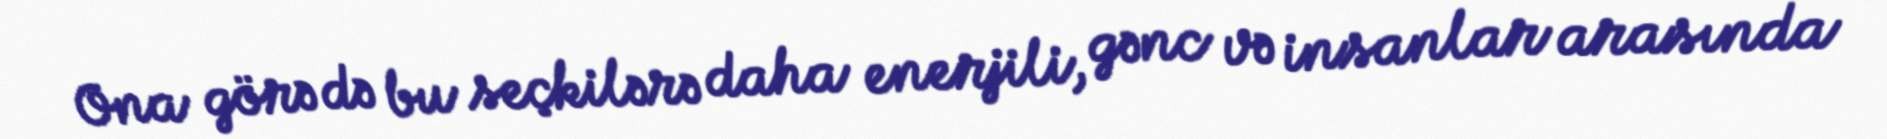
Ona görə də bu seçkilərə daha enerjili, gənc və insanlar arasında